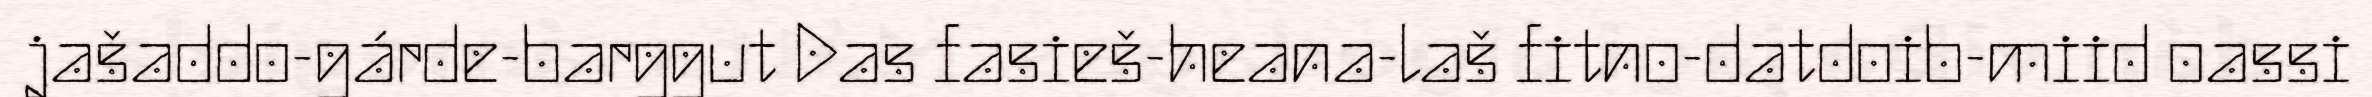
jašaddo-gárde-barggut Das fasieš-heana-laš fitno-datdoib-miid oassi